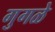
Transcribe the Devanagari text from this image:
गुगळे